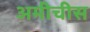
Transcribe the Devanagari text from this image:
अमीचीस